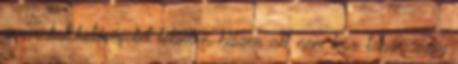
a munkalehetőségeket tekintve, hiszen aki nem lesz tanár, vagy